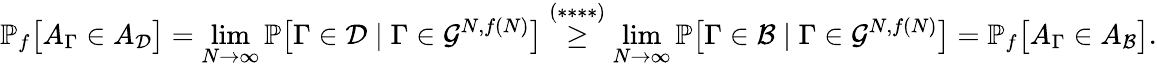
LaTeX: \mathbb P_{f}\big[A_{\Gamma}\in A_{\mathcal D}\big]=\operatorname*{lim}_{N\to\infty}\mathbb P\big[\Gamma\in\mathcal D\mid\Gamma\in\mathcal G^{N,f(N)}\big]\overset{(****)}\geq\operatorname*{lim}_{N\to\infty}\mathbb P\big[\Gamma\in\mathcal B\mid\Gamma\in\mathcal G^{N,f(N)}\big]=\mathbb P_{f}\big[A_{\Gamma}\in A_{\mathcal B}\big].